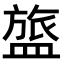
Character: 𬐰